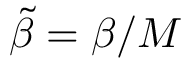
\tilde { \beta } = \beta / M